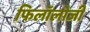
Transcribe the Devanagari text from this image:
फिलॉलोजी